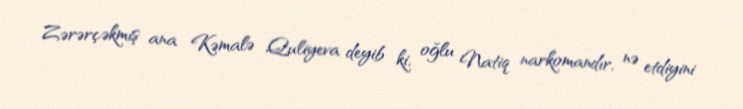
Zərərçəkmiş ana Kəmalə Quliyeva deyib ki, oğlu Natiq narkomandır, nə etdiyini